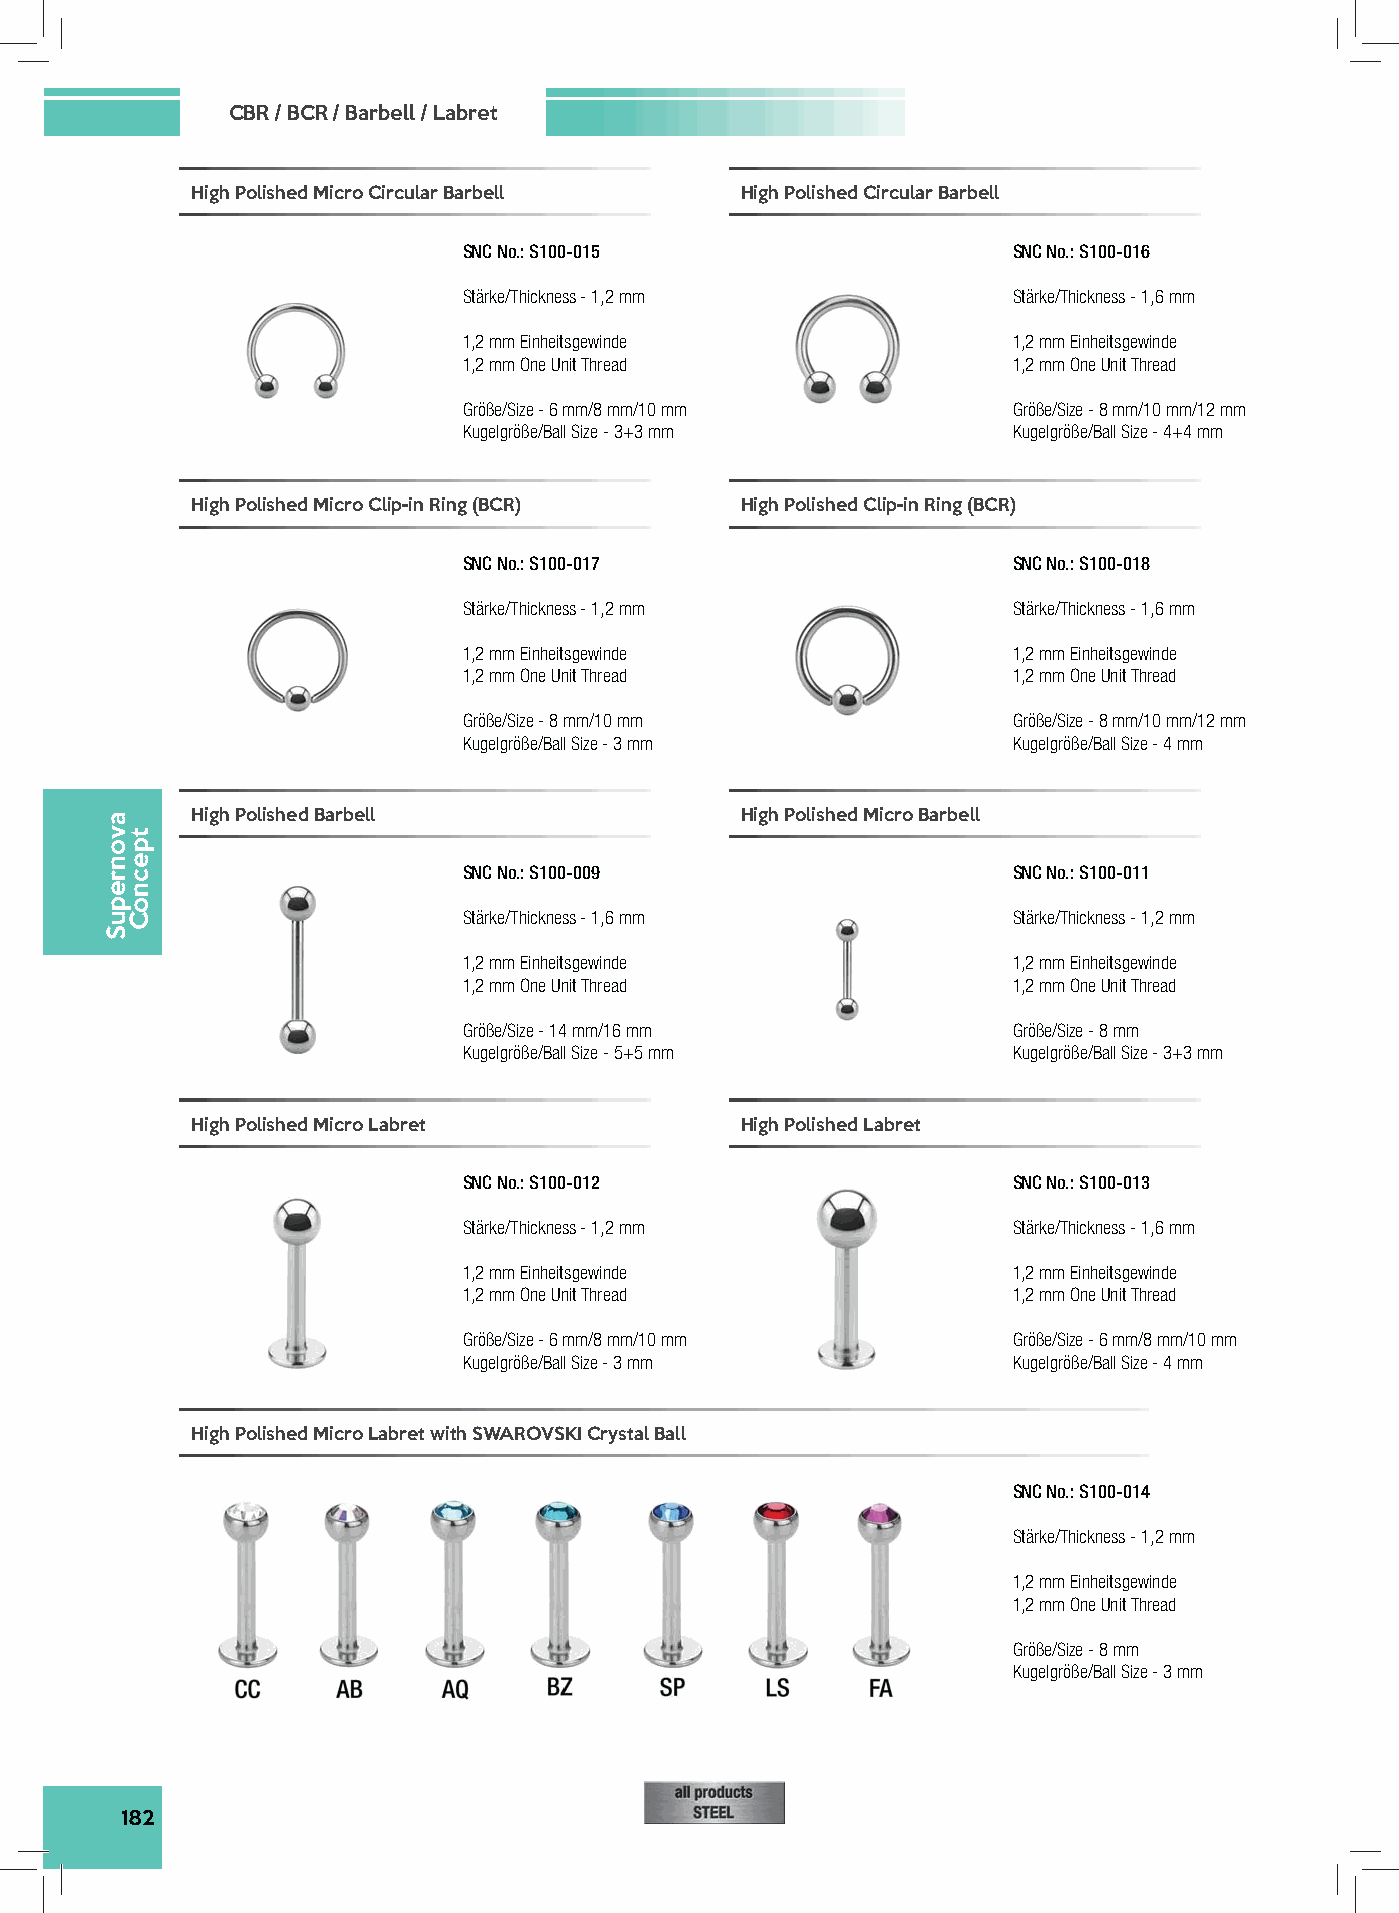
CBR / BCR / Barbell / Labret
 High Polished Micro Circular Barbell High Polished Circular Barbell
 SNC No.: S100-015                   SNC No.: S100-016
 Stärke/Thickness - 1,2 mm           Stärke/Thickness - 1,6 mm
 1,2 mm Einheitsgewinde              1,2 mm Einheitsgewinde
 1,2 mm One Unit Thread              1,2 mm One Unit Thread
 Größe/Size - 6 mm/8 mm/10 mm        Größe/Size - 8 mm/10 mm/12 mm
 Kugelgröße/Ball Size - 3+3 mm       Kugelgröße/Ball Size - 4+4 mm
 High Polished Micro Clip-in Ring (BCR) High Polished Clip-in Ring (BCR)
 SNC No.: S100-017                   SNC No.: S100-018
 Stärke/Thickness - 1,2 mm           Stärke/Thickness - 1,6 mm
 1,2 mm Einheitsgewinde              1,2 mm Einheitsgewinde
 1,2 mm One Unit Thread              1,2 mm One Unit Thread
 Größe/Size - 8 mm/10 mm             Größe/Size - 8 mm/10 mm/12 mm
 Kugelgröße/Ball Size - 3 mm         Kugelgröße/Ball Size - 4 mm
 High Polished Barbell               High Polished Micro Barbell
 SNC No.: S100-009                   SNC No.: S100-011
 Stärke/Thickness - 1,6 mm           Stärke/Thickness - 1,2 mm
 1,2 mm Einheitsgewinde              1,2 mm Einheitsgewinde
 1,2 mm One Unit Thread              1,2 mm One Unit Thread
 Größe/Size - 14 mm/16 mm            Größe/Size - 8 mm
 Kugelgröße/Ball Size - 5+5 mm       Kugelgröße/Ball Size - 3+3 mm
 High Polished Micro Labret          High Polished Labret
 SNC No.: S100-012                   SNC No.: S100-013
 Stärke/Thickness - 1,2 mm           Stärke/Thickness - 1,6 mm
 1,2 mm Einheitsgewinde              1,2 mm Einheitsgewinde
 1,2 mm One Unit Thread              1,2 mm One Unit Thread
 Größe/Size - 6 mm/8 mm/10 mm        Größe/Size - 6 mm/8 mm/10 mm
 Kugelgröße/Ball Size - 3 mm         Kugelgröße/Ball Size - 4 mm
 High Polished Micro Labret with SWAROVSKI Crystal Ball
 SNC No.: S100-014
 Stärke/Thickness - 1,2 mm
 1,2 mm Einheitsgewinde
 1,2 mm One Unit Thread
 Größe/Size - 8 mm
 Kugelgröße/Ball Size - 3 mm
 182
 avonrepuS
 tpecnoC